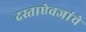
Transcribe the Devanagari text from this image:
दस्ताऐवजांचे